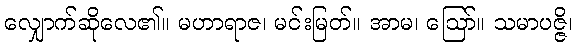
လျှောက်ဆိုလေ၏။ မဟာရာဇ၊ မင်းမြတ်။ အာမ၊ ဩော်။ သမာပဇ္ဇိ၊